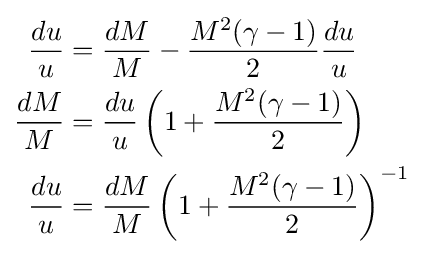
{\begin{aligned}{\frac {du}{u}}&={\frac {dM}{M}}-{\frac {M^{2}(\gamma -1)}{2}}{\frac {du}{u}}\\{\frac {dM}{M}}&={\frac {du}{u}}\left(1+{\frac {M^{2}(\gamma -1)}{2}}\right)\\{\frac {du}{u}}&={\frac {dM}{M}}\left(1+{\frac {M^{2}(\gamma -1)}{2}}\right)^{-1}\end{aligned}}